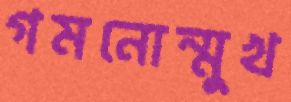
গমনোন্মুখ